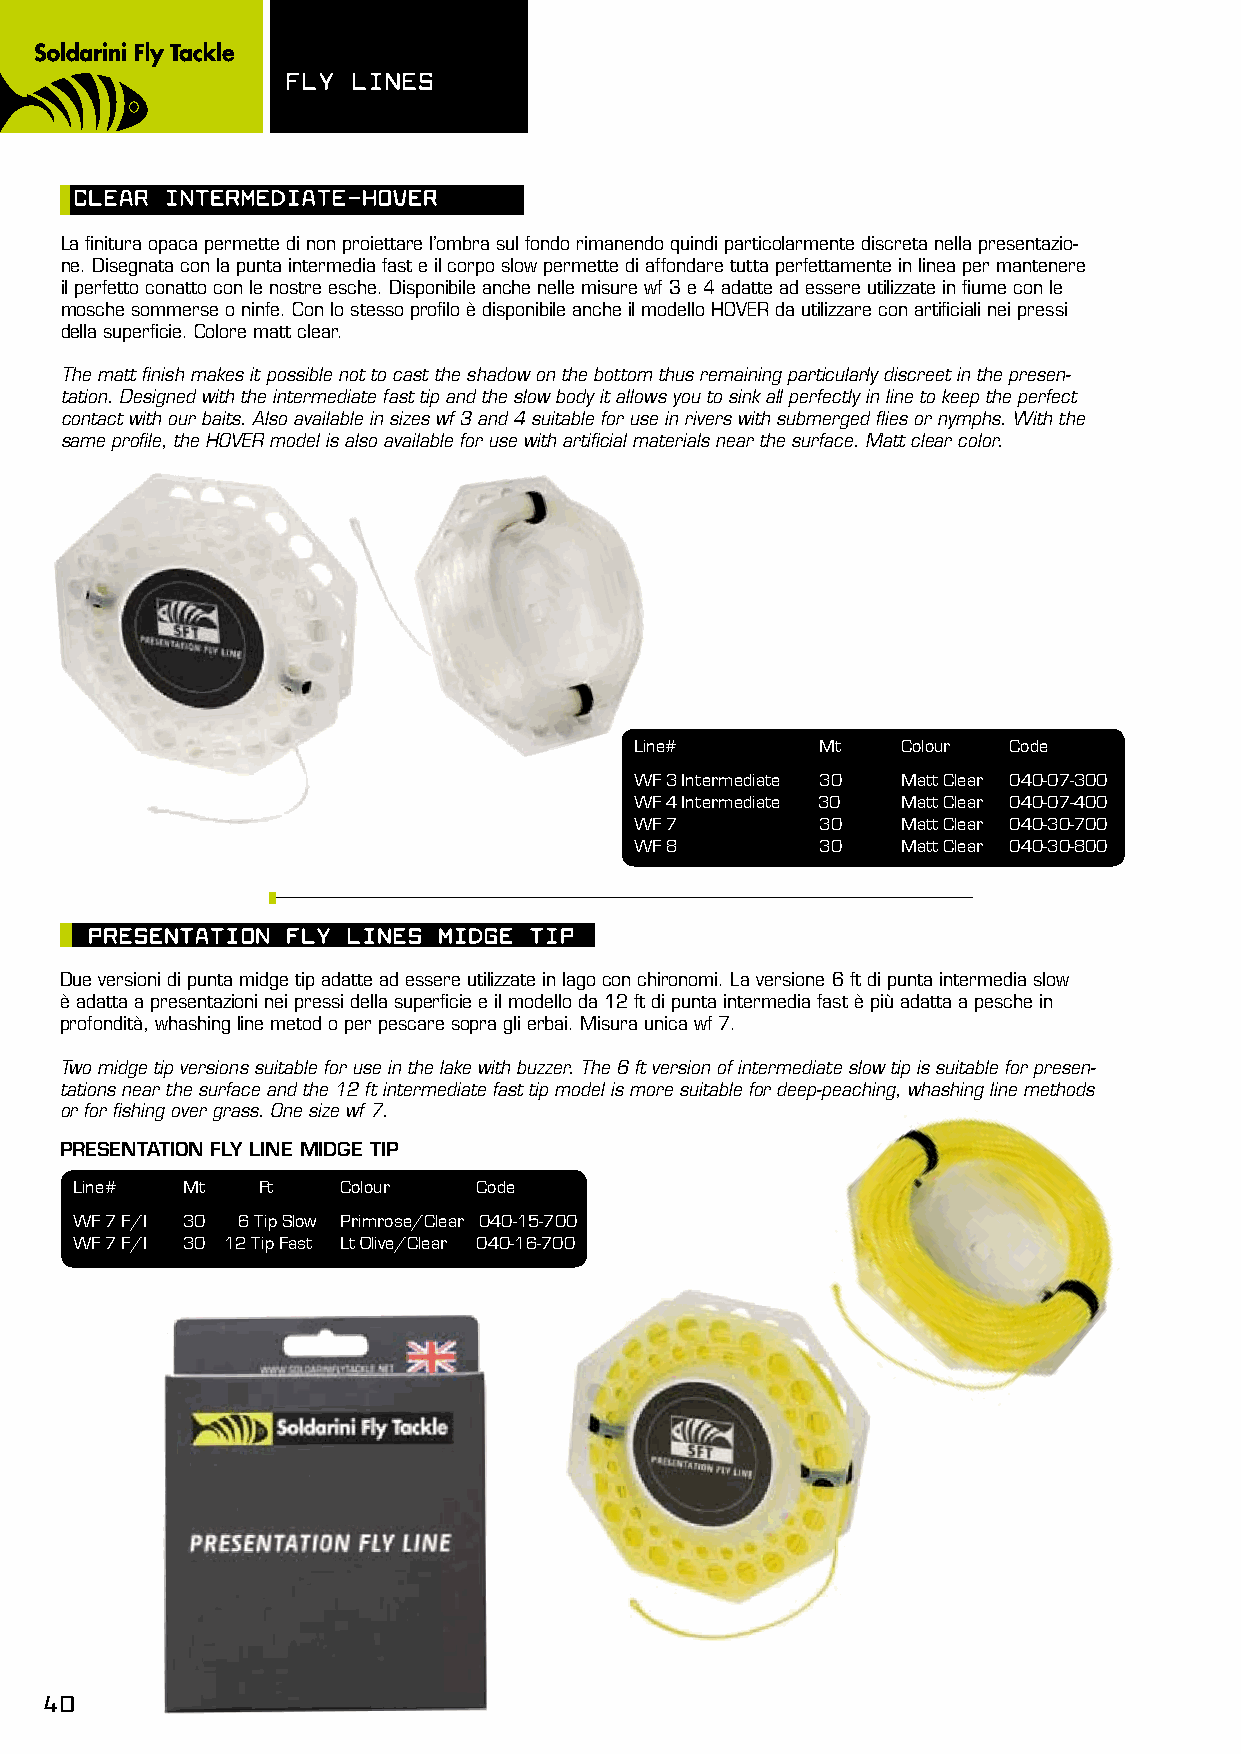
FLy LInEs
 CLEAR InTERmEdIATE-hOVER
 La finitura opaca permette di non proiettare l’ombra sul fondo rimanendo quindi particolarmente discreta nella presentazio-
 ne. Disegnata con la punta intermedia fast e il corpo slow permette di affondare tutta perfettamente in linea per mantenere
 il perfetto conatto con le nostre esche. Disponibile anche nelle misure wf 3 e 4 adatte ad essere utilizzate in fiume con le
 mosche sommerse o ninfe. Con lo stesso profilo è disponibile anche il modello HOVER da utilizzare con artificiali nei pressi
 della superficie. Colore matt clear.
 The matt finish makes it possible not to cast the shadow on the bottom thus remaining particularly discreet in the presen-
 tation. Designed with the intermediate fast tip and the slow body it allows you to sink all perfectly in line to keep the perfect
 contact with our baits. Also available in sizes wf 3 and 4 suitable for use in rivers with submerged flies or nymphs. With the
 same profile, the HOVER model is also available for use with artificial materials near the surface. Matt clear color.
 Line#       Mt    Colour Code
 WF 3 Intermediate 30 Matt Clear 040-07-300
 WF 4 Intermediate 30 Matt Clear 040-07-400
 WF 7        30    Matt Clear 040-30-700
 WF 8        30    Matt Clear 040-30-800
 pREsEnTATIOn FLy LInEs mIdGE TIp
 Due versioni di punta midge tip adatte ad essere utilizzate in lago con chironomi. La versione 6 ft di punta intermedia slow
 è adatta a presentazioni nei pressi della superficie e il modello da 12 ft di punta intermedia fast è più adatta a pesche in
 profondità, whashing line metod o per pescare sopra gli erbai. Misura unica wf 7.
 Two midge tip versions suitable for use in the lake with buzzer. The 6 ft version of intermediate slow tip is suitable for presen-
 tations near the surface and the 12 ft intermediate fast tip model is more suitable for deep-peaching, whashing line methods
 or for fishing over grass. One size wf 7.
 PRESENTATION FLY LINE MIDGE TIP
 Line#  Mt   Ft   Colour    Code
 WF 7 F/I 30 6 Tip Slow Primrose/Clear 040-15-700
 WF 7 F/I 30 12 Tip Fast Lt Olive/Clear 040-16-700
 40